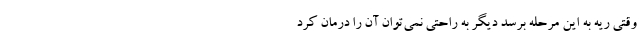
وقتی ریه به این مرحله برسد دیگر به راحتی نمی‌توان آن را درمان کرد